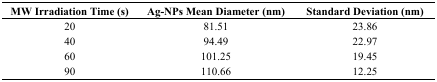
| MW Irradiation Time (s) | Ag-NPs Mean Diameter (nm) | Standard Deviation (nm) |
 | --- | --- | --- |
 | 20 | 81.51 | 23.86 |
 | 40 | 94.49 | 22.97 |
 | 60 | 101.25 | 19.45 |
 | 90 | 110.66 | 12.25 |